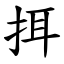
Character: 挕